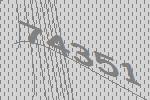
74351